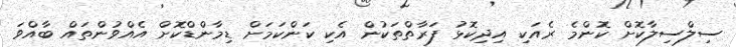
ސިލްސިލާކޮށް ކޮންމެ ރެއަކި އިދިކޮޅު ފަރާތްތަކުން އެކި ކަންކަމަށް ޑިމާންޑްކޮށް އެއްވުންތައް ބާއްވަ